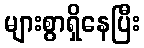
များစွာရှိနေပြီး